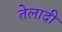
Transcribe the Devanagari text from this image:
तेलादी